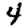
Digit: 4